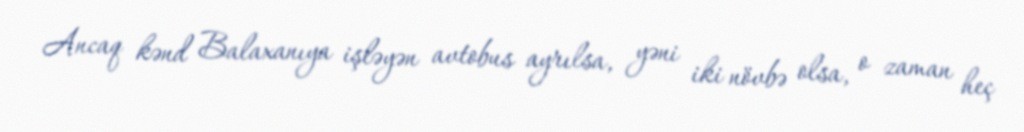
Ancaq kənd Balaxanıya işləyən avtobus ayrılsa, yəni iki növbə olsa, o zaman heç